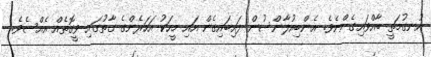
އުނގުމަތީ ބާއްވައިގެންނެވެ. އެންބިއުލާންސުން ފައިބައިގެން އައި މީހަކު އަހަރެންގެ ގާތުގައި ވީގޮތެއް އެއްސެވެ.